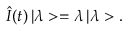
\hat { I } ( t ) \, | \lambda > = \lambda \, | \lambda > .